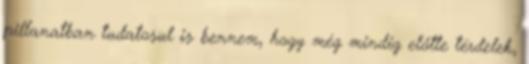
pillanatban tudatosul is bennem, hogy még mindig előtte térdelek,